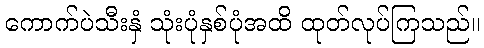
ကောက်ပဲသီးနှံ သုံးပုံနှစ်ပုံအထိ ထုတ်လုပ်ကြသည်။